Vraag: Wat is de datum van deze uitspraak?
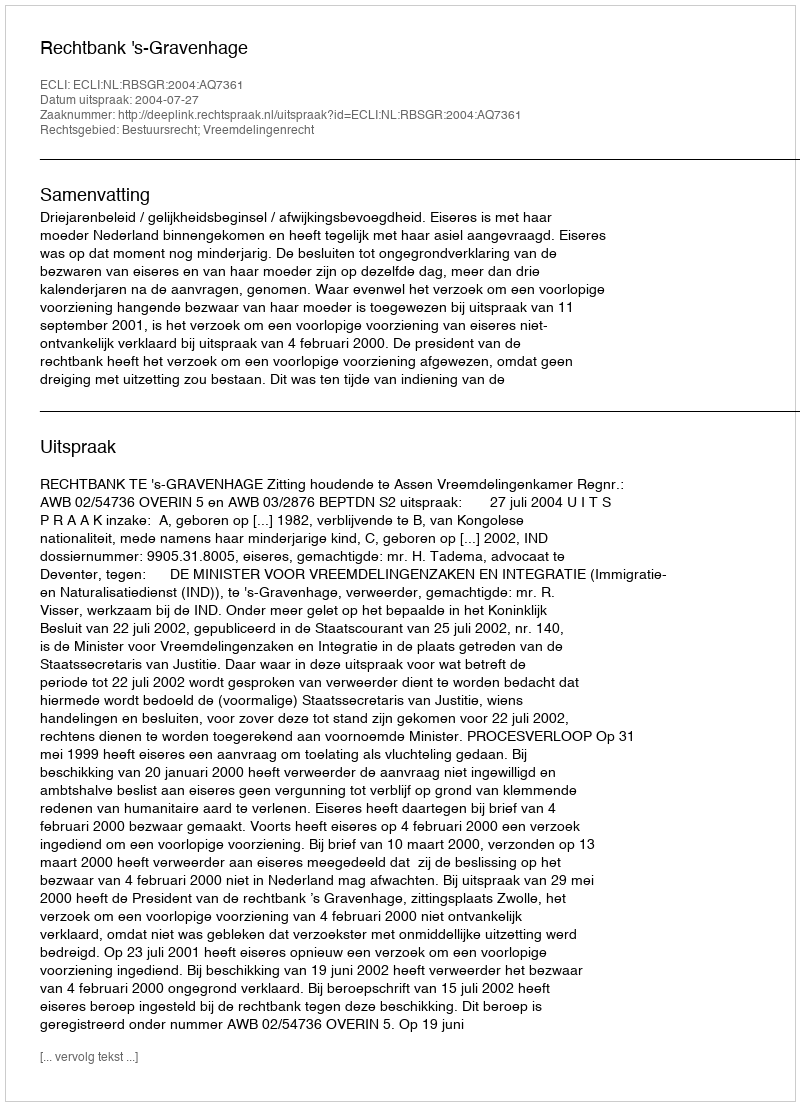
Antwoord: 2004-07-27